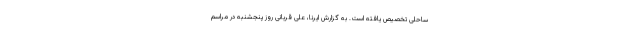
ساحلی تخصیص یافته است. به گزارش ایرنا، علی قربانی روز پنجشنبه در مراسم